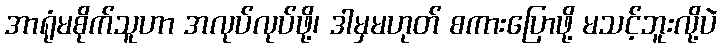
အာရုံမစိုက်သူဟာ အလုပ်လုပ်ဖို့၊ ဒါမှမဟုတ် စကားပြောဖို့ မသင့်ဘူးလို့ပဲ